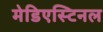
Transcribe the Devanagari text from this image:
मेडिएस्टिनल